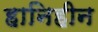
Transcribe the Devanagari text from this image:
हानिहीन